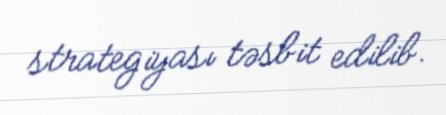
strategiyası təsbit edilib.